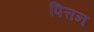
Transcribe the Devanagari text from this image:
पित्तन